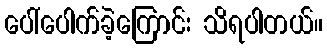
ပေါ်ပေါက်ခဲ့ကြောင်း သိရပါတယ်။